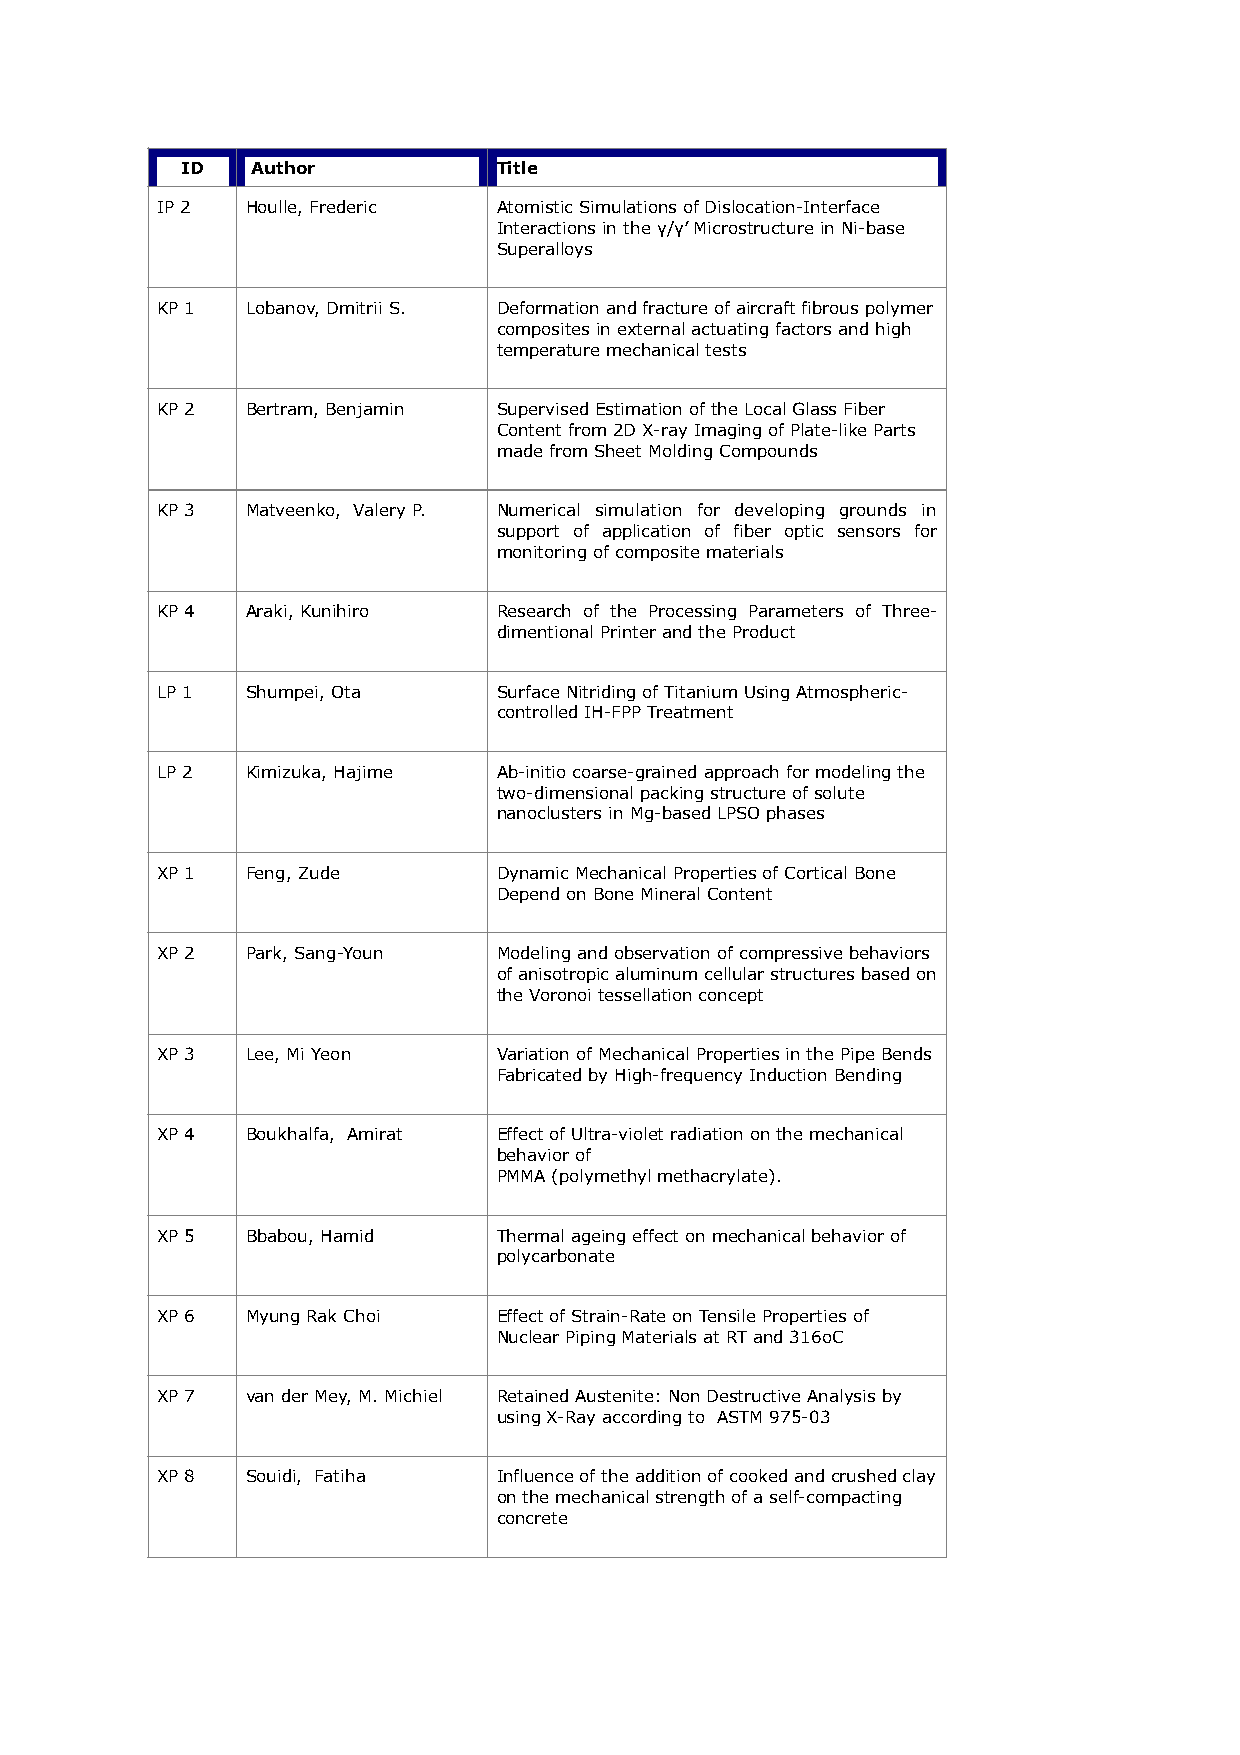
ID   Author          Title
 IP 2  Houlle, Frederic Atomistic Simulations of Dislocation-Interface
 Interactions in the γ/γ’ Microstructure in Ni-base
 Superalloys
 KP 1  Lobanov, Dmitrii S. Deformation and fracture of aircraft fibrous polymer
 composites in external actuating factors and high
 temperature mechanical tests
 KP 2  Bertram, Benjamin Supervised Estimation of the Local Glass Fiber
 Content from 2D X-ray Imaging of Plate-like Parts
 made from Sheet Molding Compounds
 KP 3  Matveenko, Valery P. Numerical simulation for developing grounds in
 support of application of fiber optic sensors for
 monitoring of composite materials
 KP 4  Araki, Kunihiro  Research of the Processing Parameters of Three-
 dimentional Printer and the Product
 LP 1  Shumpei, Ota     Surface Nitriding of Titanium Using Atmospheric-
 controlled IH-FPP Treatment
 LP 2  Kimizuka, Hajime Ab-initio coarse-grained approach for modeling the
 two-dimensional packing structure of solute
 nanoclusters in Mg-based LPSO phases
 XP 1  Feng, Zude       Dynamic Mechanical Properties of Cortical Bone
 Depend on Bone Mineral Content
 XP 2  Park, Sang-Youn  Modeling and observation of compressive behaviors
 of anisotropic aluminum cellular structures based on
 the Voronoi tessellation concept
 XP 3  Lee, Mi Yeon     Variation of Mechanical Properties in the Pipe Bends
 Fabricated by High-frequency Induction Bending
 XP 4  Boukhalfa, Amirat Effect of Ultra-violet radiation on the mechanical
 behavior of
 PMMA (polymethyl methacrylate).
 XP 5  Bbabou, Hamid    Thermal ageing effect on mechanical behavior of
 polycarbonate
 XP 6  Myung Rak Choi   Effect of Strain-Rate on Tensile Properties of
 Nuclear Piping Materials at RT and 316oC
 XP 7  van der Mey, M. Michiel Retained Austenite: Non Destructive Analysis by
 using X-Ray according to ASTM 975-03
 XP 8  Souidi, Fatiha   Influence of the addition of cooked and crushed clay
 on the mechanical strength of a self-compacting
 concrete